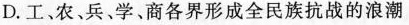
D.工、农、兵、学、商各界形成全民族抗战的浪潮